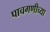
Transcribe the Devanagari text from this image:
पाचगणीच्या